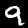
Digit: 9